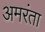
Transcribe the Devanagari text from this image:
अमरंता